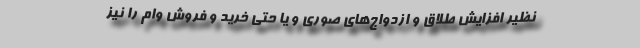
نظیر افزایش طلاق و ازدواج‌های صوری و یا حتی خرید و فروش وام را نیز